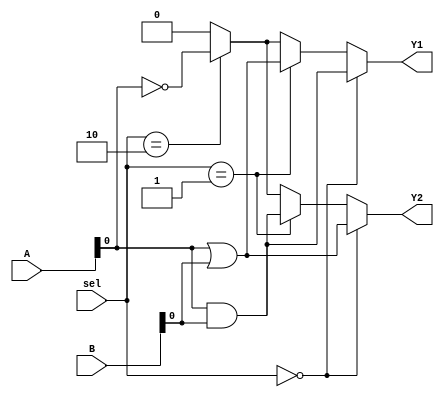
module CombinationalLogicBlock (
    input wire [3:0] A,       // 4-bit input A
    input wire [3:0] B,       // 4-bit input B
    input wire [1:0] sel,     // Control signal for multiplexing
    output wire Y1,           // Output for function 1
    output wire Y2            // Output for function 2
);

    // Shared logic resources
    wire and_out;             // Shared AND output
    wire or_out;              // Shared OR output
    wire not_out;             // Shared NOT output

    // Shared logic operations
    assign and_out = A & B;   // AND operation
    assign or_out = A | B;    // OR operation
    assign not_out = ~A;      // NOT operation on A

    // Multiplexers to select outputs based on control signals
    assign Y1 = (sel == 2'b00) ? and_out : 
                (sel == 2'b01) ? or_out : 
                (sel == 2'b10) ? not_out : 1'b0; // Default to 0

    assign Y2 = (sel == 2'b00) ? or_out : 
                (sel == 2'b01) ? and_out : 
                (sel == 2'b10) ? not_out : 1'b0; // Default to 0

endmodule